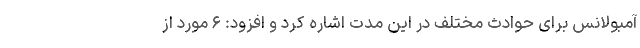
آمبولانس برای حوادث مختلف در این مدت اشاره کرد و افزود: ۶ مورد از